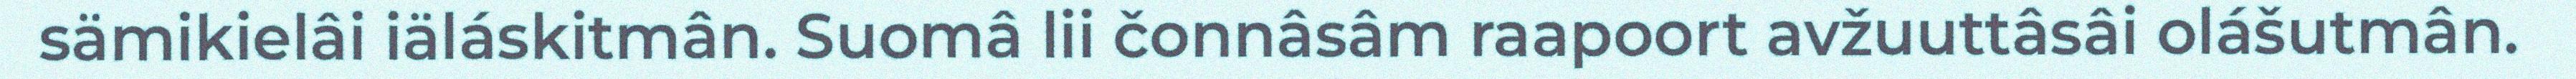
sämikielâi iäláskitmân. Suomâ lii čonnâsâm raapoort avžuuttâsâi olášutmân.